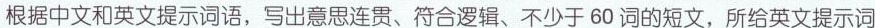
根据中文和英文提示词语，写出意思连贯、符合逻辑、不少于60词的短文，所给英文提示词